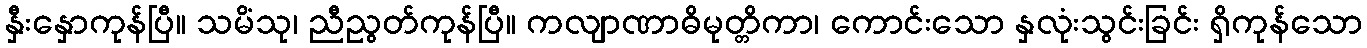
နှီးနှောကုန်ပြီ။ သမိံသု၊ ညီညွတ်ကုန်ပြီ။ ကလျာဏာဓိမုတ္တိကာ၊ ကောင်းသော နှလုံးသွင်းခြင်း ရှိကုန်သော